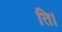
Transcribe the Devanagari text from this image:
ति।